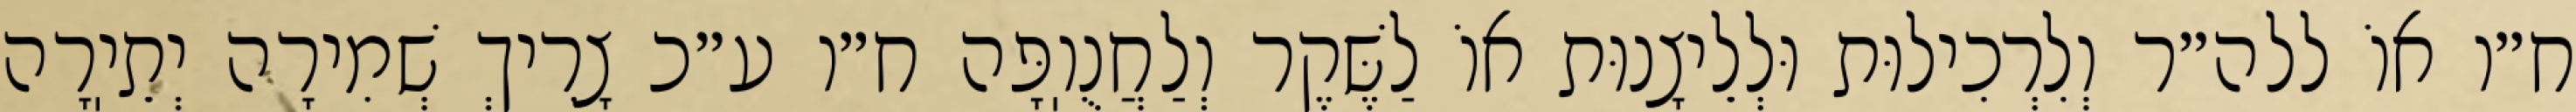
ח״ו אוֹ ללה״ר וְלִרְכִילוּת וּלְלֵיצָנוּת אוֹ לַשֶּׁקֶר וְלַחֲנֻוֽפָּה ח״ו ע״כ צָרִיךְ שְׁמִירָה יְתֵיֽרָה